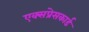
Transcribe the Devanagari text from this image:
एक्सप्रेसकार्ड